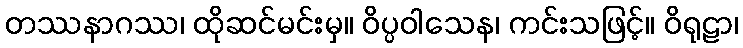
တဿနာဂဿ၊ ထိုဆင်မင်းမှ။ ဝိပ္ပဝါသေန၊ ကင်းသဖြင့်။ ဝိရုဠာ၊